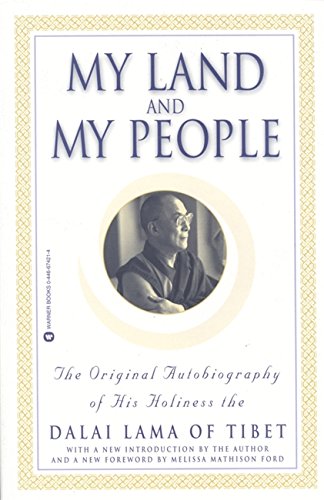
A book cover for My Land and My People: The Original Autobiography of His Holiness the Dalai Lama of Tibet; The Dalai Lama; Religion & Spirituality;